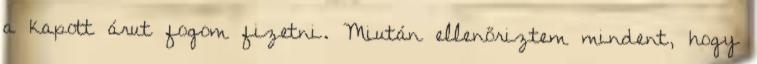
a kapott árut fogom fizetni. Miután ellenőriztem mindent, hogy